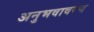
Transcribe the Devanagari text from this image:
अनुभवावरच